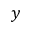
y